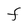
Character: F